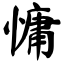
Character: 慵